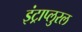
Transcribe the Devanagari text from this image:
इंट्राप्लुरल